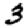
Digit: 3